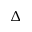
\Delta